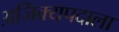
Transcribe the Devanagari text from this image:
अजिंक्यपदाला